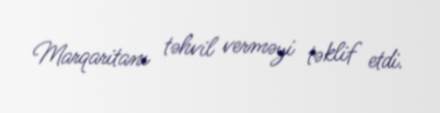
Marqaritanı təhvil verməyi təklif etdi.